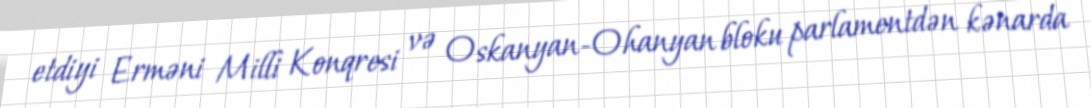
etdiyi Erməni Milli Konqresi və Oskanyan-Ohanyan bloku parlamentdən kənarda